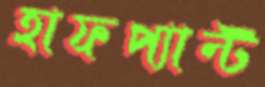
হাফপ্যান্ট